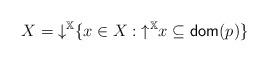
LaTeX: \begin{align*}X = {\downarrow}^{\mathbb{X}} \{ x \in X : {\uparrow}^{\mathbb{X}}x \subseteq \mathsf{dom}(p) \}\end{align*}